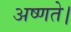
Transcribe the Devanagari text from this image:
अष्णते।